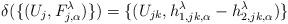
LaTeX: \begin{align*}\delta(\{(U_j, F_{j, \alpha}^\lambda)\})=\{(U_{jk}, h_{1, jk, \alpha}^\lambda-h_{2, jk, \alpha}^\lambda)\}\end{align*}